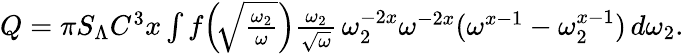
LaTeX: \begin{array}{r}{Q=\pi S_{\Lambda}C^{3}x\int f\! \left(\! \sqrt{\frac{\omega_{2}}{\omega}}\right)\frac{\omega_{2}}{\sqrt{\omega}}\, \omega_{2}^{-2x}\omega^{-2x}(\omega^{x-1}-\omega_{2}^{x-1})\, d\omega_{2}.}\end{array}